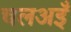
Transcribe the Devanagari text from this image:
चलअइँ